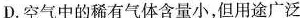
D.空气中的稀有气体含量小，但用途广泛